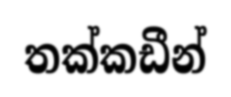
තක්කඩීන්